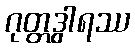
ဂုတ္တဒွါရဿ